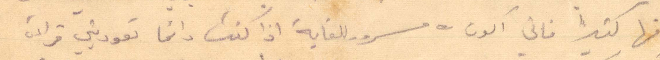
فيها كثيرًا فاني أكون مسرور للغاية اذا كنت دائمًا تعوديني قراءة